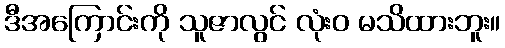
ဒီအကြောင်းကို သူဇာလွင် လုံးဝ မသိထားဘူး။